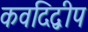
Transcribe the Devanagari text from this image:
कवदिद्वीप